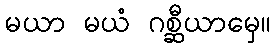
မယာ မယံ ဂစ္ဆီယာမှေ။